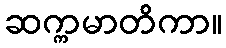
ဆက္ကမာတိကာ။